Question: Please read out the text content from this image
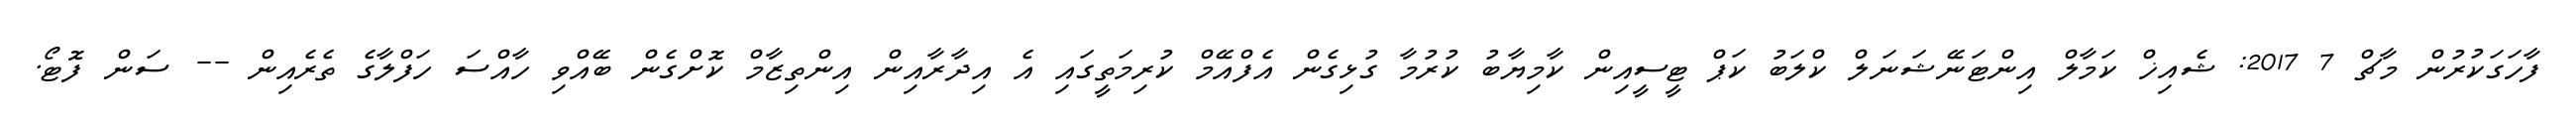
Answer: ފާހަގަކުރުން މާޗް 7 2017: ޝެއިޚް ކަމާލް އިންޓަނޭޝަނަލް ކްލަބު ކަޕް ޓީސީއިން ކާމިޔާބު ކުރުމާ ގުޅިގެން އެފްއޭމް ކުރިމަތީގައި އެ އިދާރާއިން އިންތިޒާމް ކޮށްގެން ބޭއްވި ހާއްސަ ހަފްލާގެ ތެރެއިން -- ސަން ފޮޓޯ.